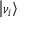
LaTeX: \left| \nu _ { i } \right\rangle